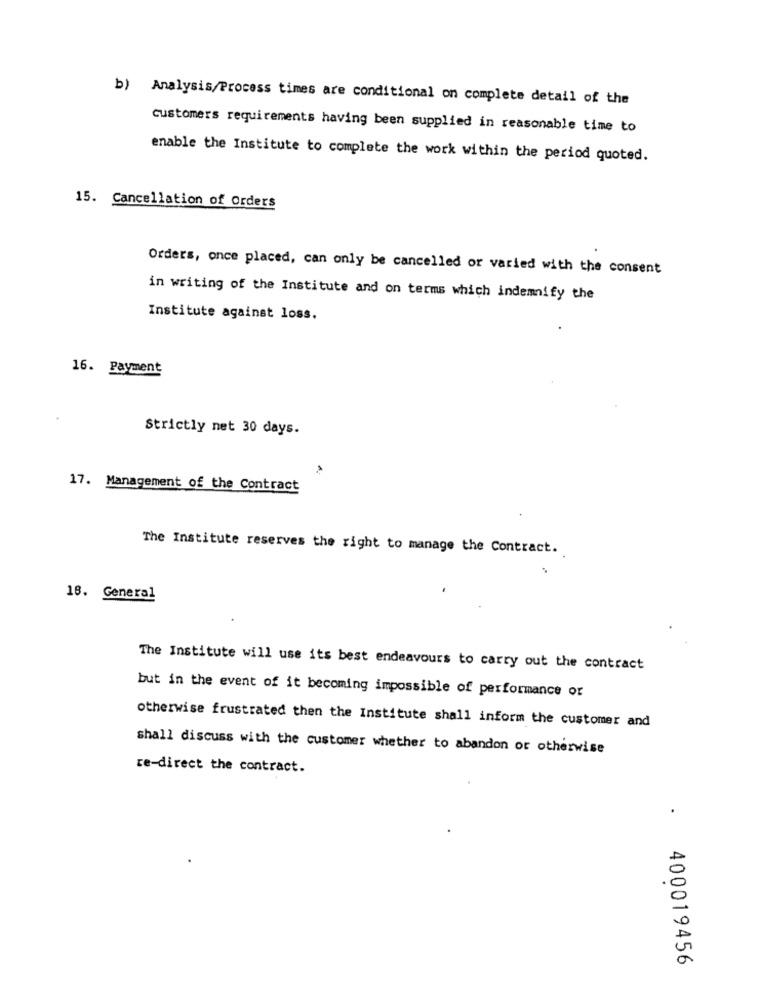
b) Analysis/Process times are conditional on complete detail of the
customers requirements having been supplied in reasonable time to
enable the Institute to complete the work within the period quoted.
15. Cancellation of Orders
Orders, once placed, can only be cancelled or varied with the consent
in writing of the Institute and on terms which indemnify the
Institute against loss.
16. Payment
Strictly net 30 days.
17. Management of the Contract
The Institute reserves the right to manage the Contract.
18. General
The Institute will use its best endeavours to carry out the contract
but in the event of it becoming impossible of performance or
otherwise frustrated then the Institute shall inform the customer and
shall discuss with the customer whether to abandon or otherwise
re-direct the contract.
.
.
.
0
400019456